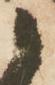
候